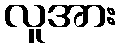
လူအား